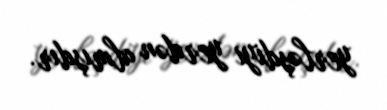
yerləşdiyi yerdən almışdır.